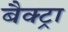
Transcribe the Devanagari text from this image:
बैक्ट्रा